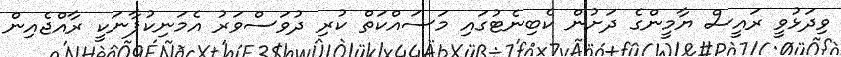
ވިދަޅުވީ ރައީސް ޔާމީންގެ ދަށުން ކެބިނެޓުގައި މަސައްކަތް ކުރި ދުވަސްވަރު އެމަނިކުފާނަކީ ރާއްޖެއިން